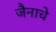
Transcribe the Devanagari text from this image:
जैनाचे